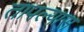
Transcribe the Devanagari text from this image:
तापल्यास